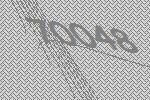
70048